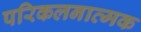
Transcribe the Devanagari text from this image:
परिकलनात्मक